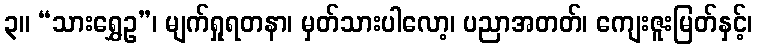
၃။ “သားရွှေဥ”၊ မျက်ရှုရတနာ၊ မှတ်သားပါလော့၊ ပညာအတတ်၊ ကျေးဇူးမြတ်နှင့်၊